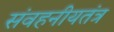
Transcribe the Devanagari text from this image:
संवहनीयतंत्र